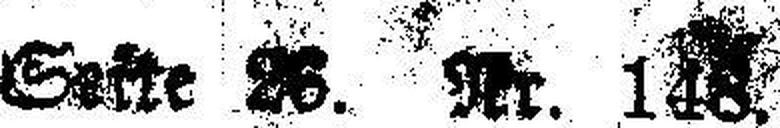
Seite 26. Nr. 148.